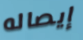
إيصاله